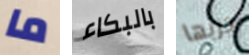
ما بالبكاء جربها